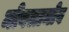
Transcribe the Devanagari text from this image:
मोवलामोव